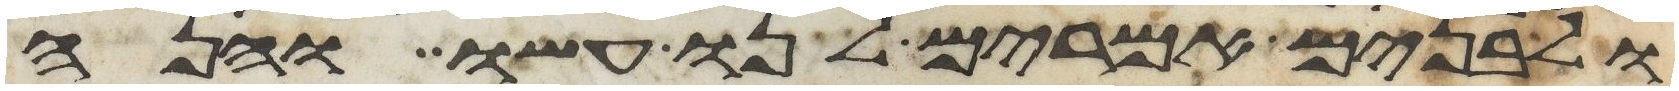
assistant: ולבנים אמרים לנו עשו והנה